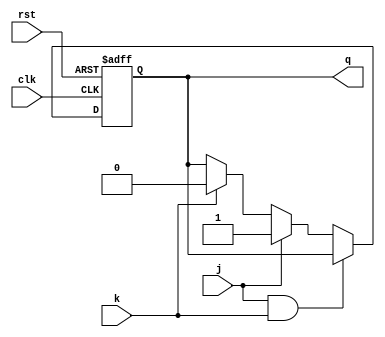
module jk_ff (
    input wire j,
    input wire k,
    input wire clk,
    input wire rst,
    output reg q
);

always @(posedge clk or posedge rst) begin
    if (rst) begin
        q <= 1'b0;
    end else begin
        if (j && k) begin
            q <= q;
        end else if (j) begin
            q <= 1'b1;
        end else if (k) begin
            q <= 1'b0;
        end else begin
            q <= q;
        end
    end
end

endmodule